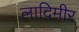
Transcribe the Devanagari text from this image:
लादिमीर